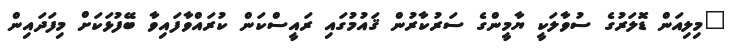
"މިލިއަން ޑޮލަރުގެ ސުވާލަކީ ޔާމީންގެ ސަރުކާރުން ޤައުމުގައި ރައީސްކަން ކުރައްވާފައިވާ ބޭފުޅަކަށް މިފަދައިން